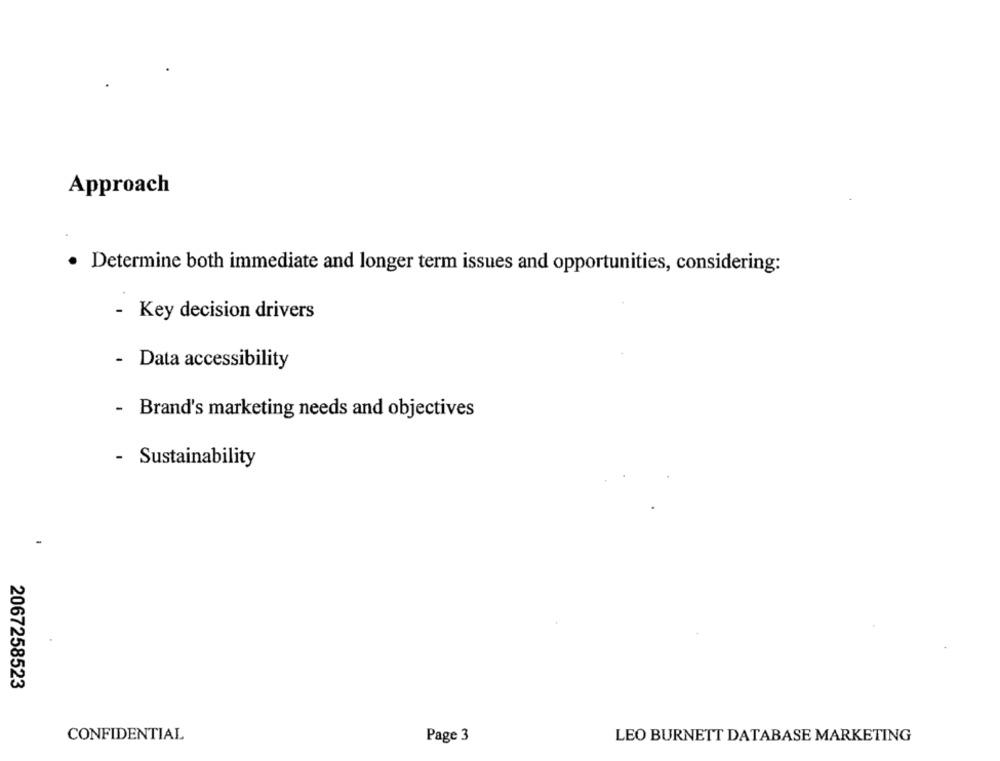
Approach
· Determine both immediate and longer term issues and opportunities, considering:
- Key decision drivers
- Data accessibility
- Brand's marketing needs and objectives
- Sustainability
2067258523
CONFIDENTIAL
Page 3
LEO BURNETT DATABASE MARKETING